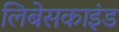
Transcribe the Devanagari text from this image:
लिबेसकाइंड